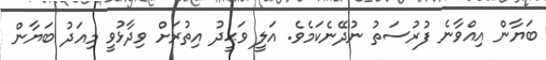
ބަޔާން އިއްވާނެ ފުރުސަތު ނުދޭނެކަމެވެ. އަލީ ވަޙީދު އިތުރަށް ވިދާޅުވީ މިއަދު ބަޔާން